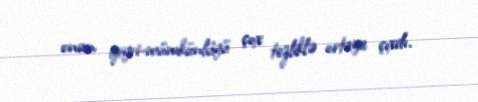
onun qeyri-mümkünlüyü çox tezliklə ortaya çıxdı.